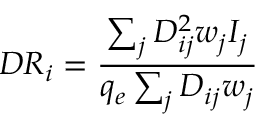
D R _ { i } = \frac { \sum _ { j } D _ { i j } ^ { 2 } w _ { j } I _ { j } } { q _ { e } \sum _ { j } D _ { i j } w _ { j } }